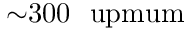
{ \sim } 3 0 0 ~ \mathrm { \ u p m u m }